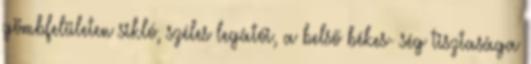
gömbfelületen sikló, széles legátói, a belső békes- ség tisztasága